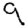
Digit: 9